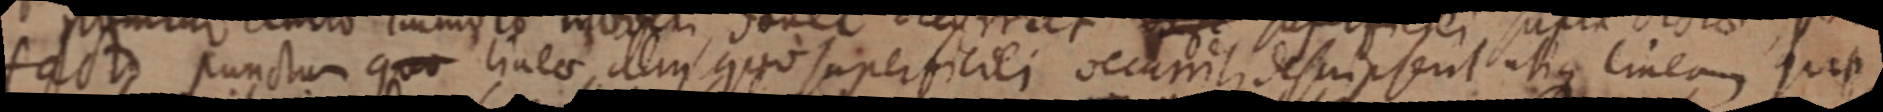
facto punctum quo linea quia superficiei occurit, descripsent utique lineam ques,